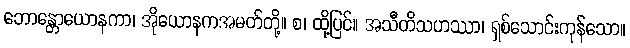
ဘောန္တောယောနကာ၊ အိုယောနကအမတ်တို့။ စ၊ ထို့ပြင်။ အသီတိသဟဿာ၊ ရှစ်သောင်းကုန်သော။